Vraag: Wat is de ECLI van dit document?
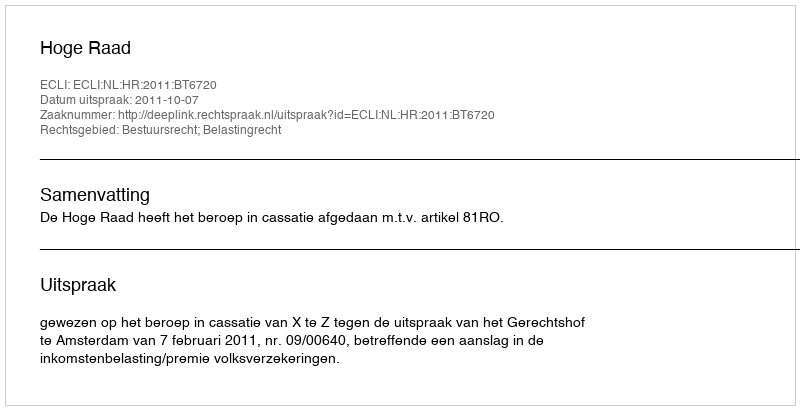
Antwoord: ECLI:NL:HR:2011:BT6720